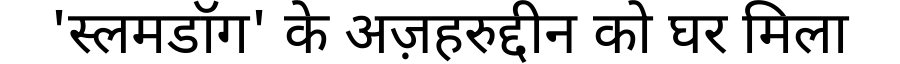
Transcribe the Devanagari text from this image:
'स्लमडॉग' के अज़हरुद्दीन को घर मिला